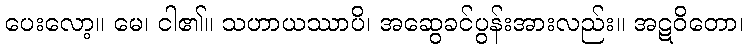
ပေးလော့။ မေ၊ ငါ၏။ သဟာယဿာပိ၊ အဆွေခင်ပွန်းအားလည်း။ အဋဝိတော၊